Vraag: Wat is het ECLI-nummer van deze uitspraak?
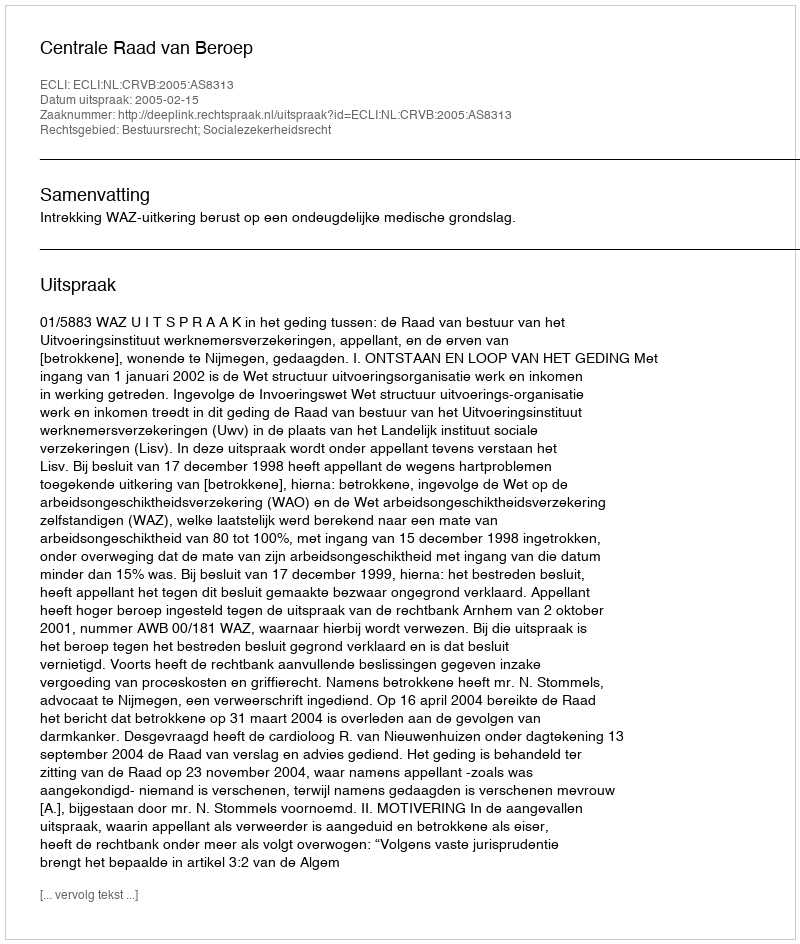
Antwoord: ECLI:NL:CRVB:2005:AS8313